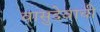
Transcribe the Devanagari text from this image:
वासुदेवाची